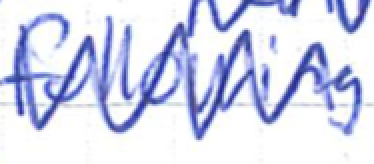
Text: following
Cross-out: zig-zag
Writing tool: ballpoint